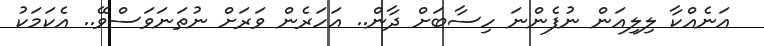
އަނެއްކާ ލިލިއަން ނުފެންނަ ހިސާބަށް ދާން.. އަހަރެން ވަރަށް ނުތަނަވަސްވޭ.. އެކަމަކު